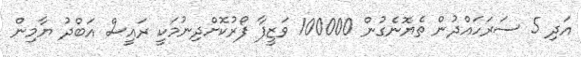
އަދި 5 ސަރަހައްދުން ތެޔޮނެގުން 100000 ވަޒީފާ ފޯރުކޮށްދިނުމަކީ ރައީސް އަބްދު ޔާމިން